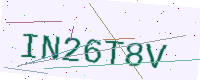
Text: IN26T8V